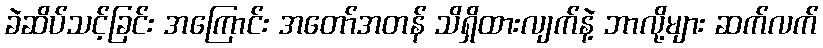
ခဲဆိပ်သင့်ခြင်း အကြောင်း အတော်အတန် သိရှိထားလျက်နဲ့ ဘာလို့များ ဆက်လက်